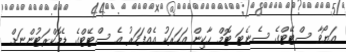
އަޔޯވާ ސްޓޭޓްގެ ސެނެޓަ ޓޮމް ހާކިން އަހަރަކު އެއްފަހަރު އެ ސްޓޭޓްގެ ޑެމޮކްރަޓުންނަށް